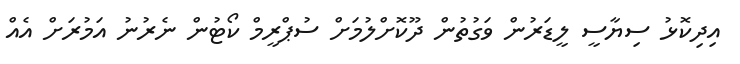
އިދިކޮޅު ސިޔާސީ ލީޑަރުން ވަގުތުން ދޫކޮށްލުމަށް ސުޕްރީމް ކޯޓުން ނެރުނު އަމުރަށް އެއް